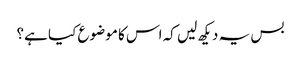
بس یہ دیکھ لیں کہ اس کا موضوع کیا ہے؟